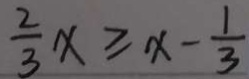
\frac { 2 } { 3 } x \geq x - \frac { 1 } { 3 }